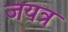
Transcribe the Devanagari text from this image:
जयत्र